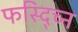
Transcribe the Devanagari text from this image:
फस्द्च्नि